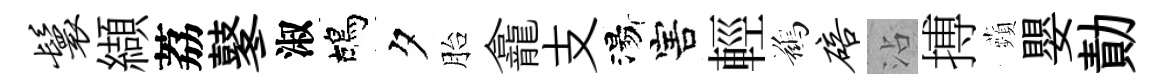
鬟纈荔鼕淑鴣夕胎龕支湯害輕鷀碚沾搏蘋嬰勣